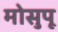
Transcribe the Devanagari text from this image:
मोसुपू